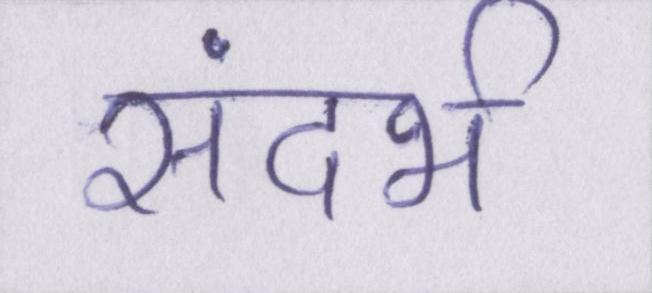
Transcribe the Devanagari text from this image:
संदर्भ